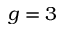
g = 3